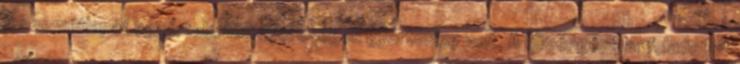
A szemétlapát egyértelműen nyereséges gyártmány volt. A középgépipar feladatait